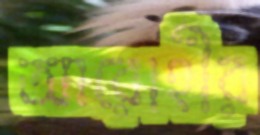
আরোহীর